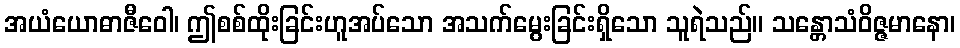
အယံယောဓာဇီဝေါ၊ ဤစစ်ထိုးခြင်းဟူအပ်သော အသက်မွေးခြင်းရှိသော သူရဲသည်။ သန္တောသံဝိဇ္ဇမာနော၊